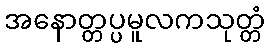
အနောတ္တပ္ပမူလကသုတ္တံ